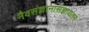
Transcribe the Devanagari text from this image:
नैवसंज्ञानासंज्ञायतन